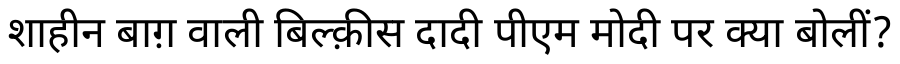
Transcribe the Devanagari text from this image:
शाहीन बाग़ वाली बिल्क़ीस दादी पीएम मोदी पर क्या बोलीं?